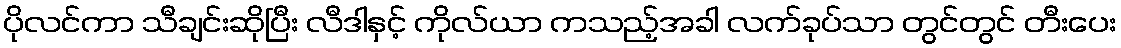
ပိုလင်ကာ သီချင်းဆိုပြီး လီဒါနှင့် ကိုလ်ယာ ကသည့်အခါ လက်ခုပ်သာ တွင်တွင် တီးပေး